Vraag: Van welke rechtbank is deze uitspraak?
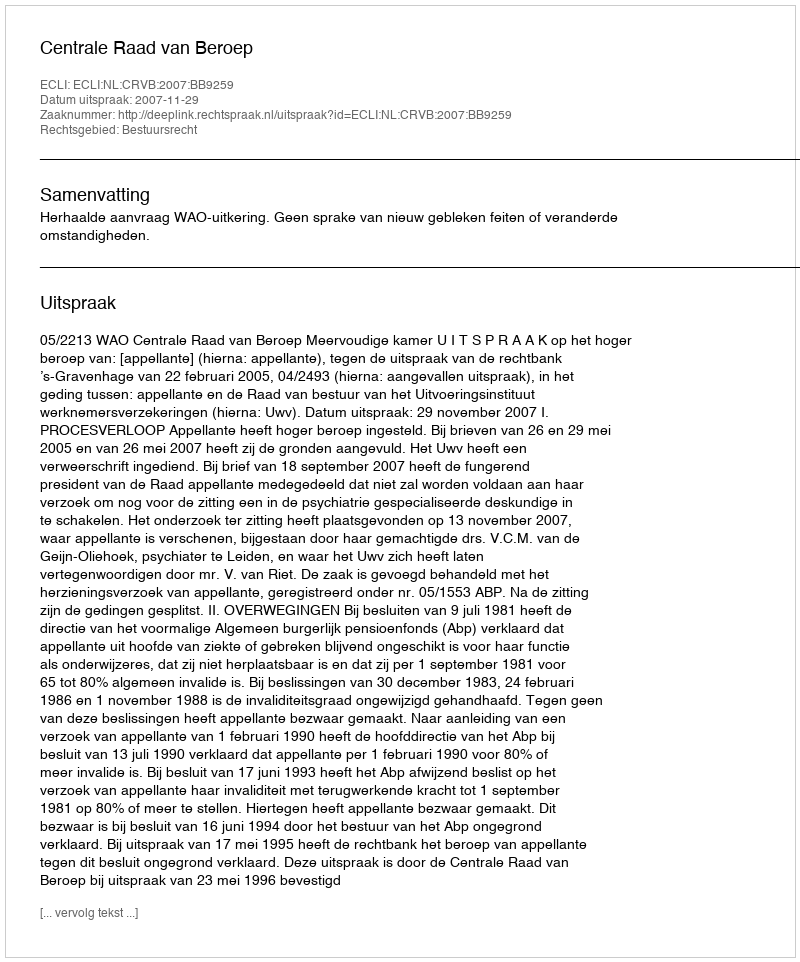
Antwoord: Centrale Raad van Beroep